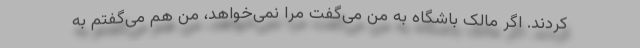
کردند. اگر مالک باشگاه به من می‌گفت مرا نمی‌خواهد، من هم می‌گفتم به